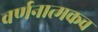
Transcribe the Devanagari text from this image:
वर्णनात्मकच